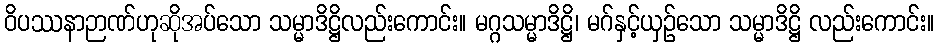
ဝိပဿနာဉာဏ်ဟုဆိုအပ်သော သမ္မာဒိဋ္ဌိလည်းကောင်း။ မဂ္ဂသမ္မာဒိဋ္ဌိ၊ မဂ်နှင့်ယှဉ်သော သမ္မာဒိဋ္ဌိ လည်းကောင်း။